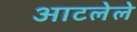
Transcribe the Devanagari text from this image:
आटलेले